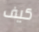
كيف